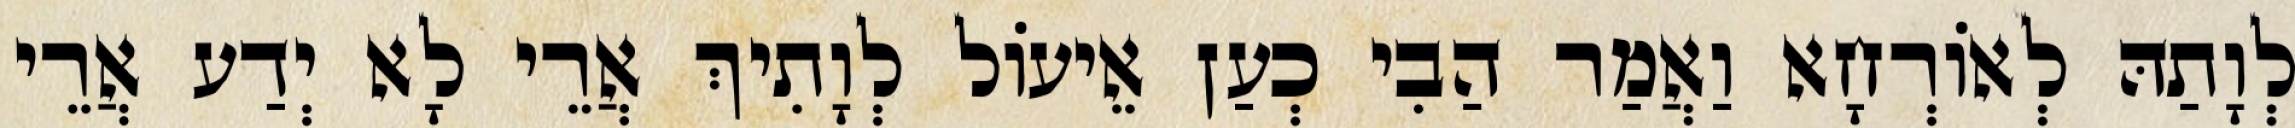
לְוָתַהּ לְאוֹרְחָא וַאֲמַר הַבִי כְעַן אֵיעוֹל לְוָתִיךְ אֲרֵי לָא יְדַע אֲרֵי